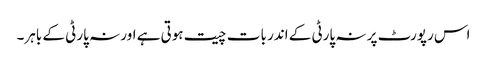
اس رپورٹ پر نہ پارٹی کے اندر بات چیت ہوتی ہے اور نہ پارٹی کے باہر۔